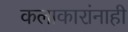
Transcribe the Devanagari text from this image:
कलाकारांनाही